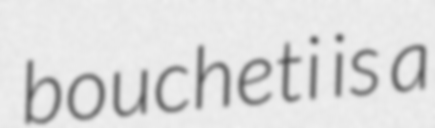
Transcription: boucheti is a